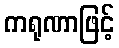
ကရုဏာဖြင့်